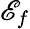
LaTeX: \mathscr{E}_{f}